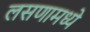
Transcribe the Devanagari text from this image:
लसणामध्ये